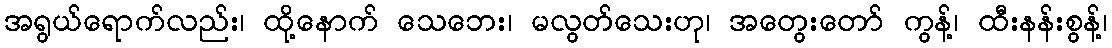
အရွယ်ရောက်လည်း၊ ထို့နောက် သေဘေး၊ မလွတ်သေးဟု၊ အတွေးတော် ကွန့်၊ ထီးနန်းစွန့်၊